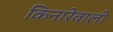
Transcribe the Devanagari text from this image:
किनारेवाली